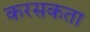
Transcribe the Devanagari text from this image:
करसकता